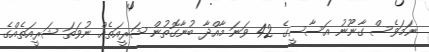
ނަމަވެސް ގާނޫނު އަސާސީގެ 42 ވަނަ މާއްދާ ބުނާގޮތުން ޝަރީއަތެއް ނުވަތަ ޝަރީއަތެއްގެ